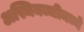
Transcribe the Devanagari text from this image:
अस्थिमज्जीमध्ये